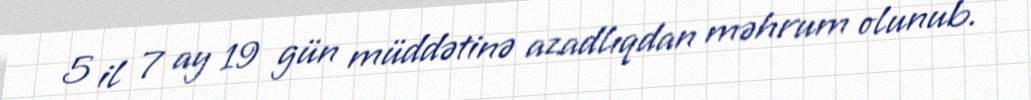
5 il 7 ay 19 gün müddətinə azadlıqdan məhrum olunub.